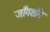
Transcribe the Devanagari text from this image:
जाँगशाँग